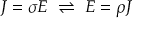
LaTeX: J = \sigma E \, \, \rightleftharpoons \, \, E = \rho J \,